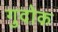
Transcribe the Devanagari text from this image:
गुदोक